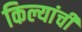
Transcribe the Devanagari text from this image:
किल्यांची